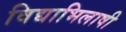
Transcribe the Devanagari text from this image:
विद्याभिलाषी